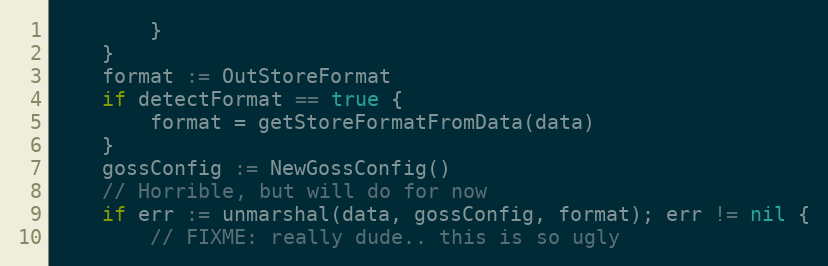
Language: Go
		}
	}
	format := OutStoreFormat
	if detectFormat == true {
		format = getStoreFormatFromData(data)
	}
	gossConfig := NewGossConfig()
	// Horrible, but will do for now
	if err := unmarshal(data, gossConfig, format); err != nil {
		// FIXME: really dude.. this is so ugly